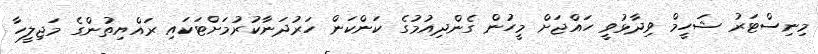
މިނިސްޓަރު ޝަހީމް ވިދާޅުވީ ހައްޖަށް މީހުން ގެންދިއުމުގެ ކަންކަން ހަރުދަނާކުރުމަށްޓަކައި ރައްޔިތުންގެ މަޖިލީހާ